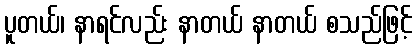
ပူတယ်၊ နာရင်လည်း နာတယ် နာတယ် စသည်ဖြင့်